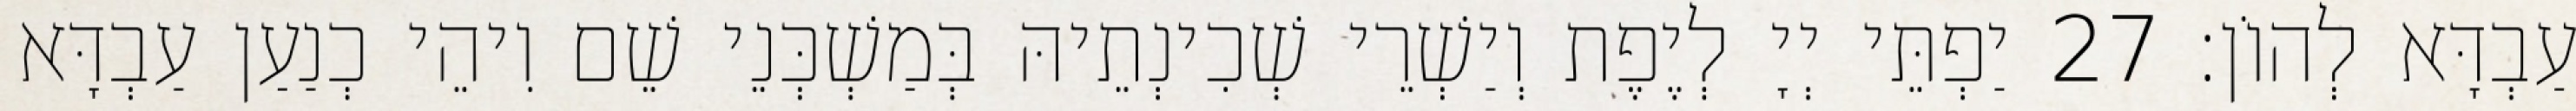
עַבְדָּא לְהוֹן׃ 27 יַפְתֵּי יְיָ לְיֶפֶת וְיַשְׁרֵי שְׁכִינְתֵיהּ בְּמַשְׁכְּנֵי שֵׁם וִיהֵי כְנַעַן עַבְדָּא